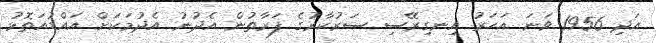
އަދި 1956 ވަނަ އަހަރު އިނގިރޭސި ސަރުކާރުގެ ފަރާތުން އެދުނު އެދުމަކަށް އައްޑުއަތޮޅު